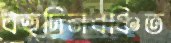
বহুদিনবঞ্চিত